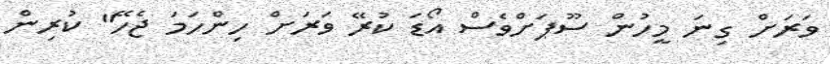
ވަރަށް ގިނަ މީހުން ސޫޕަށްވެސް އޯޑަ ކުރޭ ވަރަށް ހިންހަމަ ޖެހޭ" ކުރިން